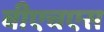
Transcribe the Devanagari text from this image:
बीएचएस